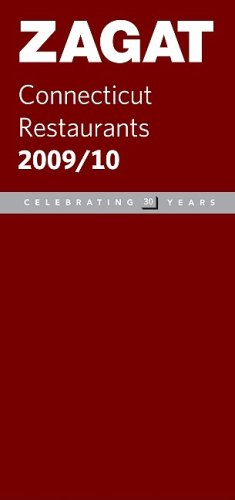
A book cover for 2009/ 2010 Connecticut Restaurants (ZAGAT Restaurant Guides); Travel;